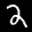
Label: 2